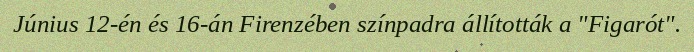
Június 12-én és 16-án Firenzében színpadra állították a "Figarót".